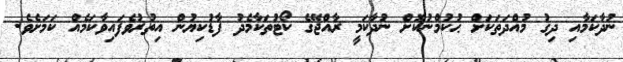
ނުދާކަމާއި ދިގު މުއްދަތަކަށް ޙުކުމްނުކޮށް ނުދާކަމީ ރާއްޖޭގެ ކޯޓުތަކާމެދު ފާޑުކިޔުން އިތުރުވެފައިވާކަމެއް ކަމަށެވެ.